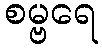
စမ္ဗရေ